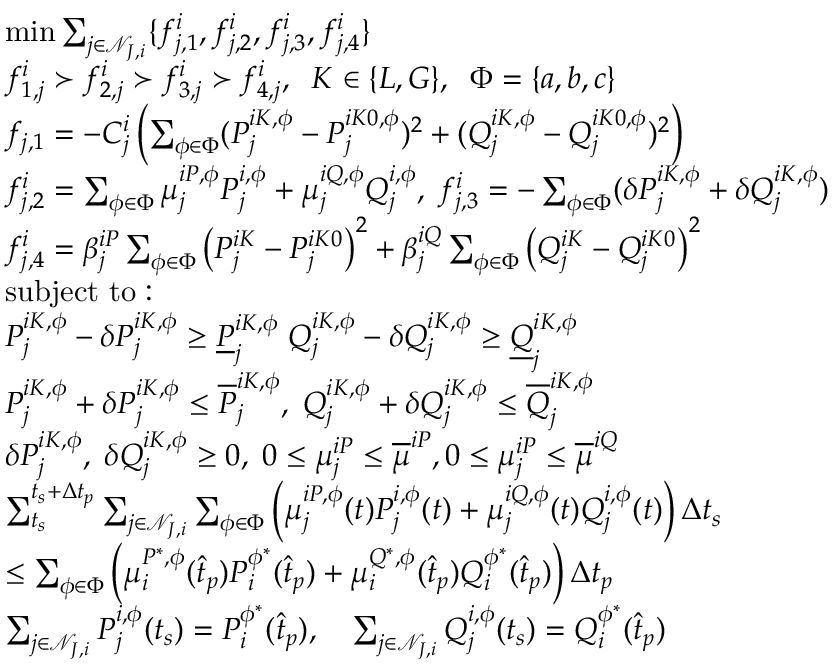
\begin{array} { r l } & { \operatorname* { m i n } \sum _ { j \in \mathcal { N } _ { J , i } } \{ f _ { j , 1 } ^ { i } , f _ { j , 2 } ^ { i } , f _ { j , 3 } ^ { i } , f _ { j , 4 } ^ { i } \} } \\ & { f _ { 1 , j } ^ { i } \succ f _ { 2 , j } ^ { i } \succ f _ { 3 , j } ^ { i } \succ f _ { 4 , j } ^ { i } , \; \; K \in \{ L , G \} , \; \; \Phi = \{ a , b , c \} } \\ & { f _ { j , 1 } = - C _ { j } ^ { i } \left( \sum _ { \phi \in \Phi } ( P _ { j } ^ { i K , \phi } - P _ { j } ^ { i K 0 , \phi } ) ^ { 2 } + ( Q _ { j } ^ { i K , \phi } - Q _ { j } ^ { i K 0 , \phi } ) ^ { 2 } \right) } \\ & { f _ { j , 2 } ^ { i } = \sum _ { \phi \in \Phi } \mu _ { j } ^ { i P , \phi } P _ { j } ^ { i , \phi } + \mu _ { j } ^ { i Q , \phi } Q _ { j } ^ { i , \phi } , \; f _ { j , 3 } ^ { i } = - \sum _ { \phi \in \Phi } ( \delta P _ { j } ^ { i K , \phi } + \delta Q _ { j } ^ { i K , \phi } ) } \\ & { f _ { j , 4 } ^ { i } = \beta _ { j } ^ { i P } \sum _ { \phi \in \Phi } \left( P _ { j } ^ { i K } - P _ { j } ^ { i K 0 } \right) ^ { 2 } + \beta _ { j } ^ { i Q } \sum _ { \phi \in \Phi } \left( Q _ { j } ^ { i K } - Q _ { j } ^ { i K 0 } \right) ^ { 2 } } \\ & { \mathrm { s u b j e c t ~ t o : } } \\ & { P _ { j } ^ { i K , \phi } - \delta P _ { j } ^ { i K , \phi } \geq \underline { { P } } _ { j } ^ { i K , \phi } \; Q _ { j } ^ { i K , \phi } - \delta Q _ { j } ^ { i K , \phi } \geq \underline { { Q } } _ { j } ^ { i K , \phi } } \\ & { P _ { j } ^ { i K , \phi } + \delta P _ { j } ^ { i K , \phi } \leq \overline { { P } } _ { j } ^ { i K , \phi } , \; Q _ { j } ^ { i K , \phi } + \delta Q _ { j } ^ { i K , \phi } \leq \overline { { Q } } _ { j } ^ { i K , \phi } } \\ & { \delta P _ { j } ^ { i K , \phi } , \; \delta Q _ { j } ^ { i K , \phi } \geq 0 , \; 0 \leq \mu _ { j } ^ { i P } \leq \overline { { \mu } } ^ { i P } , 0 \leq \mu _ { j } ^ { i P } \leq \overline { { \mu } } ^ { i Q } \; } \\ & { \sum _ { t _ { s } } ^ { t _ { s } + \Delta t _ { p } } \sum _ { j \in \mathcal { N } _ { J , i } } \sum _ { \phi \in \Phi } \left( \mu _ { j } ^ { i P , \phi } ( t ) P _ { j } ^ { i , \phi } ( t ) + \mu _ { j } ^ { i Q , \phi } ( t ) Q _ { j } ^ { i , \phi } ( t ) \right) \Delta t _ { s } } \\ & { \leq \sum _ { \phi \in \Phi } \left( \mu _ { i } ^ { P ^ { * } , \phi } ( \hat { t } _ { p } ) P _ { i } ^ { \phi ^ { * } } ( \hat { t } _ { p } ) + \mu _ { i } ^ { Q ^ { * } , \phi } ( \hat { t } _ { p } ) Q _ { i } ^ { \phi ^ { * } } ( \hat { t } _ { p } ) \right) \Delta t _ { p } } \\ & { \sum _ { j \in \mathcal { N } _ { J , i } } P _ { j } ^ { i , \phi } ( t _ { s } ) = P _ { i } ^ { \phi ^ { * } } ( \hat { t } _ { p } ) , \quad \sum _ { j \in \mathcal { N } _ { J , i } } Q _ { j } ^ { i , \phi } ( t _ { s } ) = Q _ { i } ^ { \phi ^ { * } } ( \hat { t } _ { p } ) } \end{array}